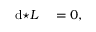
\begin{array} { r l } { \mathrm { d } { \star L } } & { { } = 0 , } \end{array}